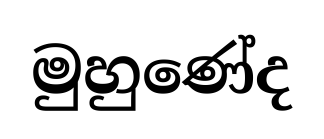
මුහුණේද